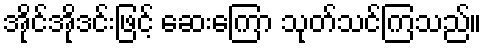
အိုင်အိုဒင်းဖြင့် ဆေးကြော သုတ်သင်ကြသည်။